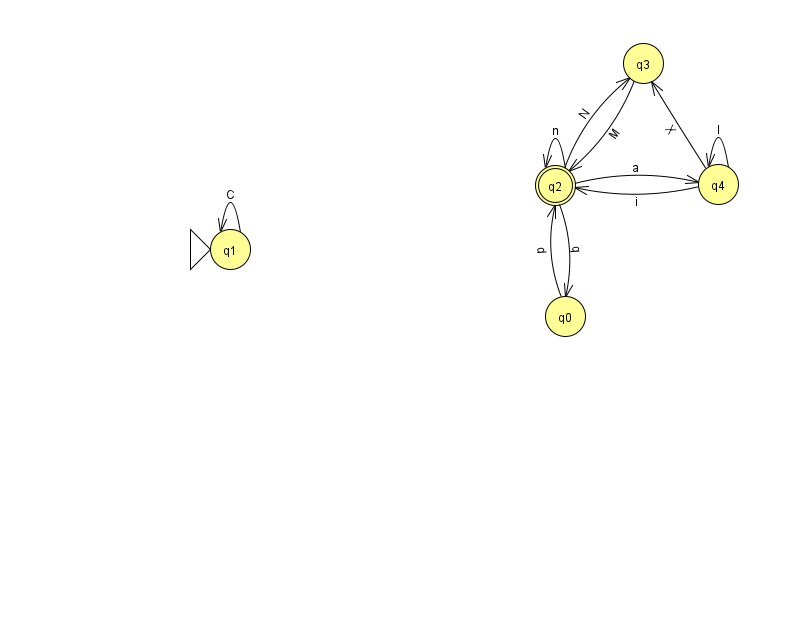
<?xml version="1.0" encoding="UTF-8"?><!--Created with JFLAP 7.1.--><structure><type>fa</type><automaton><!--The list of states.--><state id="0" name="q0"><x>565.0</x><y>303.0</y></state><state id="1" name="q1"><x>230.0</x><y>236.0</y><initial/></state><state id="2" name="q2"><x>555.0</x><y>172.0</y><final/></state><state id="3" name="q3"><x>643.0</x><y>50.0</y></state><state id="4" name="q4"><x>718.0</x><y>171.0</y></state><!--The list of transitions.--><transition><from>1</from><to>1</to><read>C</read></transition><transition><from>3</from><to>2</to><read>M</read></transition><transition><from>4</from><to>2</to><read>i</read></transition><transition><from>2</from><to>3</to><read>N</read></transition><transition><from>0</from><to>2</to><read>d</read></transition><transition><from>4</from><to>3</to><read>X</read></transition><transition><from>4</from><to>4</to><read>l</read></transition><transition><from>2</from><to>4</to><read>a</read></transition><transition><from>2</from><to>2</to><read>n</read></transition><transition><from>2</from><to>0</to><read>q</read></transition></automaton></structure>